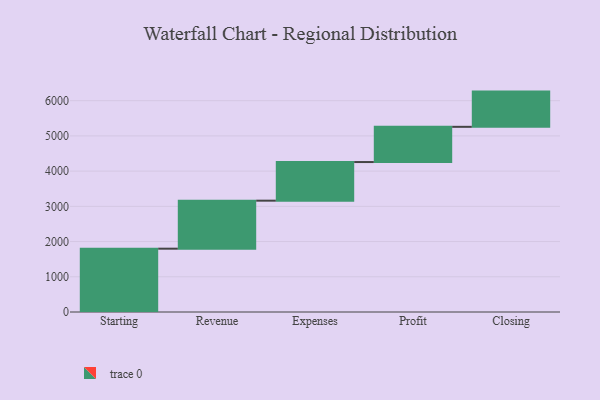
{"axis": {"x": "Step", "y": "Value"}, "legend": [""], "data": [{"x": "Starting", "y": 1798.0, "type": ""}, {"x": "Revenue", "y": 1363.0, "type": ""}, {"x": "Expenses", "y": 1097.0, "type": ""}, {"x": "Profit", "y": 1000, "type": ""}, {"x": "Closing", "y": 1000, "type": ""}]}